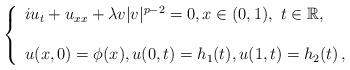
LaTeX: \begin{align*}\left \{ \begin{array}{l} iu_t +u_{xx} + \lambda v |v |^{p-2} =0,x\in (0,1), \ t\in \mathbb{R},\\ \\ u(x,0) =\phi (x) , u(0,t) = h_1(t), u (1, t) = h_2(t) \, ,\end{array}\right.\end{align*}